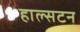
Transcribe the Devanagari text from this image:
हाल्सटन